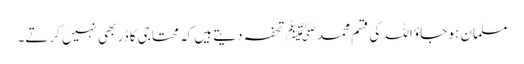
مسلمان ہو جاؤ اللہ کی قسم محمدﷺ تحفہ دیتے ہیں کہ محتاجی کا ڈر بھی نہیں کرتے۔